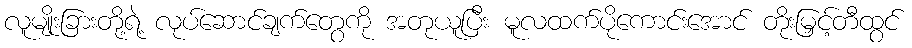
လူမျိုးခြားတို့ရဲ့ လုပ်ဆောင်ချက်တွေကို အတုယူပြီး မူလထက်ပိုကောင်းအောင် တိုးမြှင့်တီထွင်